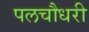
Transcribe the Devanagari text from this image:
पलचौधरी